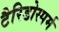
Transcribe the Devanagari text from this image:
टैरिडोस्पर्म